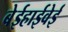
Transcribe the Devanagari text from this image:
बेईहाईवेई